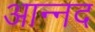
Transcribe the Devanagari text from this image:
आन्‍नद